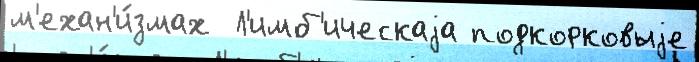
м'ехан'и́змах  Л'имб'ическаjа подкорковыjе